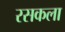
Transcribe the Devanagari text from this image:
रसकला